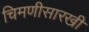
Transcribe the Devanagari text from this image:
चिमणीसारखी